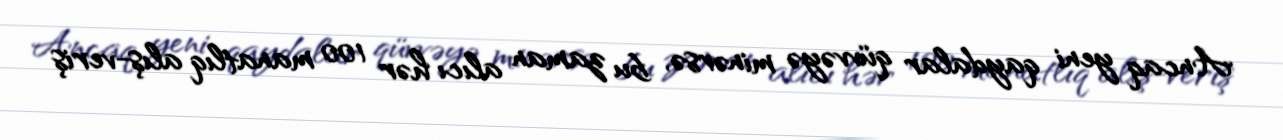
Ancaq yeni qaydalar qüvvəyə minərsə, bu zaman alıcı hər 100 manatlıq alış-veriş